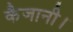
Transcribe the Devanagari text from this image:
कैजानी।